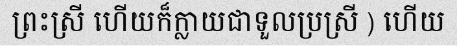
ព្រះស្រី ហើយក៏ក្លាយជាទួលប្រស្រី ) ហើយ